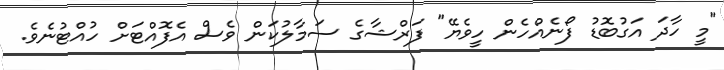
"މީ ހާދަ އަގުބޮޑު ފޯނެއްހެން ހީވެޔޭ" ފަރްޝާގެ ސަމާލުކަން ވެސް އެފޮއްޓަށް ހުއްޓުނެވެ.